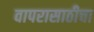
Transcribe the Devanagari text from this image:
वापरासाठीचा